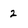
Character: 2